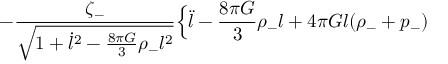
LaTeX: - \frac { \zeta _ { - } } { \sqrt { 1 + \dot { l } ^ { 2 } - \frac { 8 \pi G } { 3 } \rho _ { - } l ^ { 2 } } } \Bigl \{ \ddot { l } - \frac { 8 \pi G } { 3 } \rho _ { - } l + 4 \pi G l ( \rho _ { - } + p _ { - } )